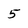
Character: 5